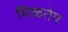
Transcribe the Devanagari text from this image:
मिळतेय